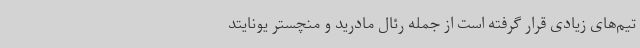
تیم‌های زیادی قرار گرفته است از جمله رئال مادرید و منچستر یونایتد